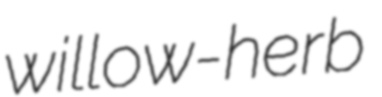
willow-herb